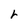
Character: r